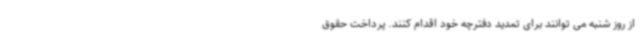
از روز شنبه می توانند برای تمدید دفترچه خود اقدام کنند. پرداخت حقوق